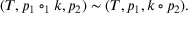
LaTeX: ( T , p _ { 1 } \circ _ { 1 } k , p _ { 2 } ) \sim ( T , p _ { 1 } , k \circ p _ { 2 } ) .